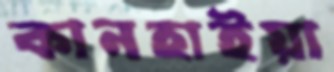
কানহাইয়া